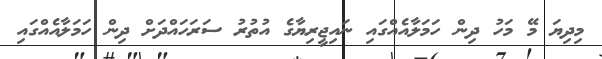
މިދިޔަ މޭ މަހު ދިން ހަމަލާއެއްގައި ނައިޖީރިޔާގެ އުތުރު ސަރަހައްދަށް ދިން ހަމަލާއެއްގައި